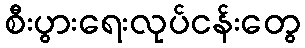
စီးပွားရေးလုပ်ငန်းတွေ